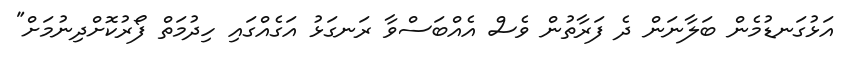
އަޅުގަނޑުމެން ބަލާނަން ދެ ފަރާތުން ވެސް އެއްބަސްވާ ރަނގަޅު އަގެއްގައި ހިދުމަތް ފޯރުކޮށްދިނުމަށް"